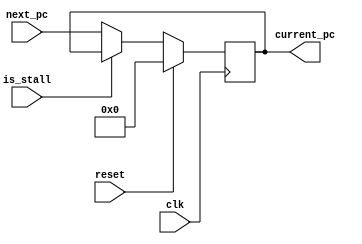
`timescale 1ns / 1ps


module PC(
    input reset,       // input (Use reset to initialize PC. Initial value must be 0)
    input clk,         // input
    input [31:0] next_pc,     // input
    output reg [31:0] current_pc,   // output
    input is_stall
  );
  

  
always @(posedge clk) begin
 
    if(reset==1'd1)  current_pc <= 0;
 
    else 
    begin
       if( is_stall == 1'b0)
       begin
        current_pc <= next_pc;
       end
    end
 end
  
  endmodule